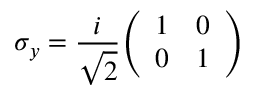
\sigma _ { y } = { \frac { i } { \sqrt { 2 } } } { \left( \begin{array} { l l } { 1 } & { 0 } \\ { 0 } & { 1 } \end{array} \right) }